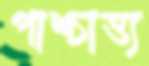
পাশ্চাত্ত্য